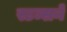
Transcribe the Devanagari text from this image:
स्टब्सने